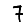
Digit: 7